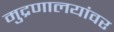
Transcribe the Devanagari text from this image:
मुद्रणालयांवर